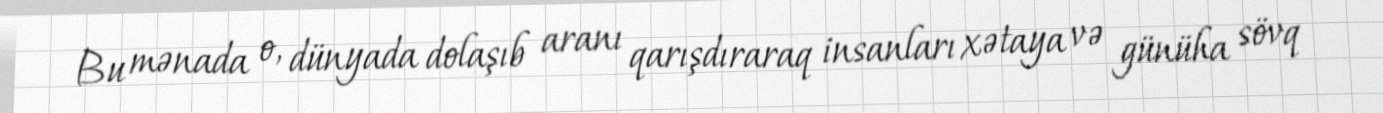
Bu mənada o, dünyada dolaşıb aranı qarışdıraraq insanları xətaya və günüha sövq